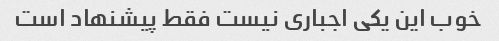
خوب این یکی اجباری نیست فقط پیشنهاد است